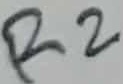
Text: R2